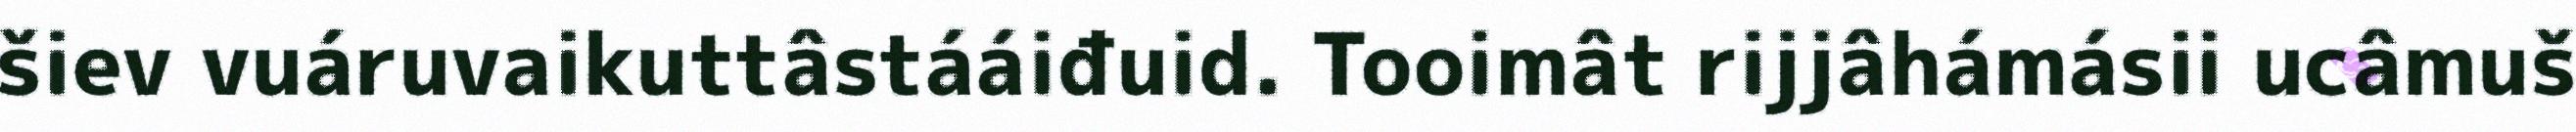
šiev vuáruvaikuttâstááiđuid. Tooimât rijjâhámásii ucâmuš